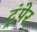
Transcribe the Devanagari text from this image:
ट्रंपेर